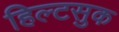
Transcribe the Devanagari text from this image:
हिल्टसुक